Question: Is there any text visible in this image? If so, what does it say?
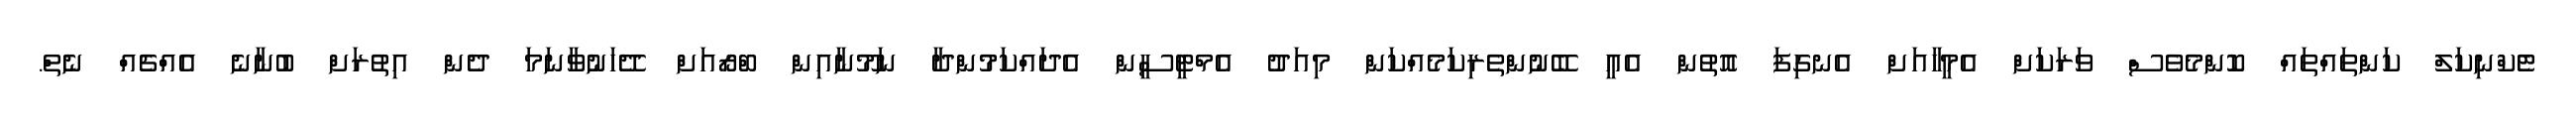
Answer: ޓެކްނިކަލް ކަންތައްތައް ކޮންމެވެސް ވަރަކަށް އެމީހާއަށް އެނގިފަ އޮތުން އެއީ ބޭނުންތެރިކަމެއްކަން މިއަދު އެމްޓީސީން އެދައްކަމުންދާ ނަމޫނާއިން ބްރޯއަށް ދޭހަނުވާނަމަ ދެން އިތުރަށް ބުނާނެ އެއްޗެއް ނެތް.